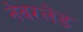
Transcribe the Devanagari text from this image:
नेवरलेंड